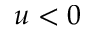
u < 0